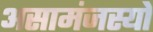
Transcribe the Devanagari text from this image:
असामंजस्यों